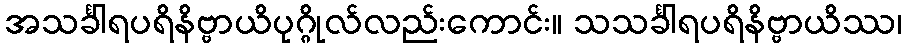
အသင်္ခါရပရိနိဗ္ဗာယိပုဂ္ဂိုလ်လည်းကောင်း။ သသင်္ခါရပရိနိဗ္ဗာယိဿ၊